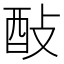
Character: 𨠃